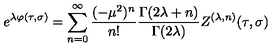
e ^ { \lambda \varphi ( \tau , \sigma ) } = \sum _ { n = 0 } ^ { \infty } \frac { ( - \mu ^ { 2 } ) ^ { n } } { n ! } \frac { \Gamma ( 2 \lambda + n ) } { \Gamma ( 2 \lambda ) } Z ^ { ( \lambda , n ) } ( \tau , \sigma )